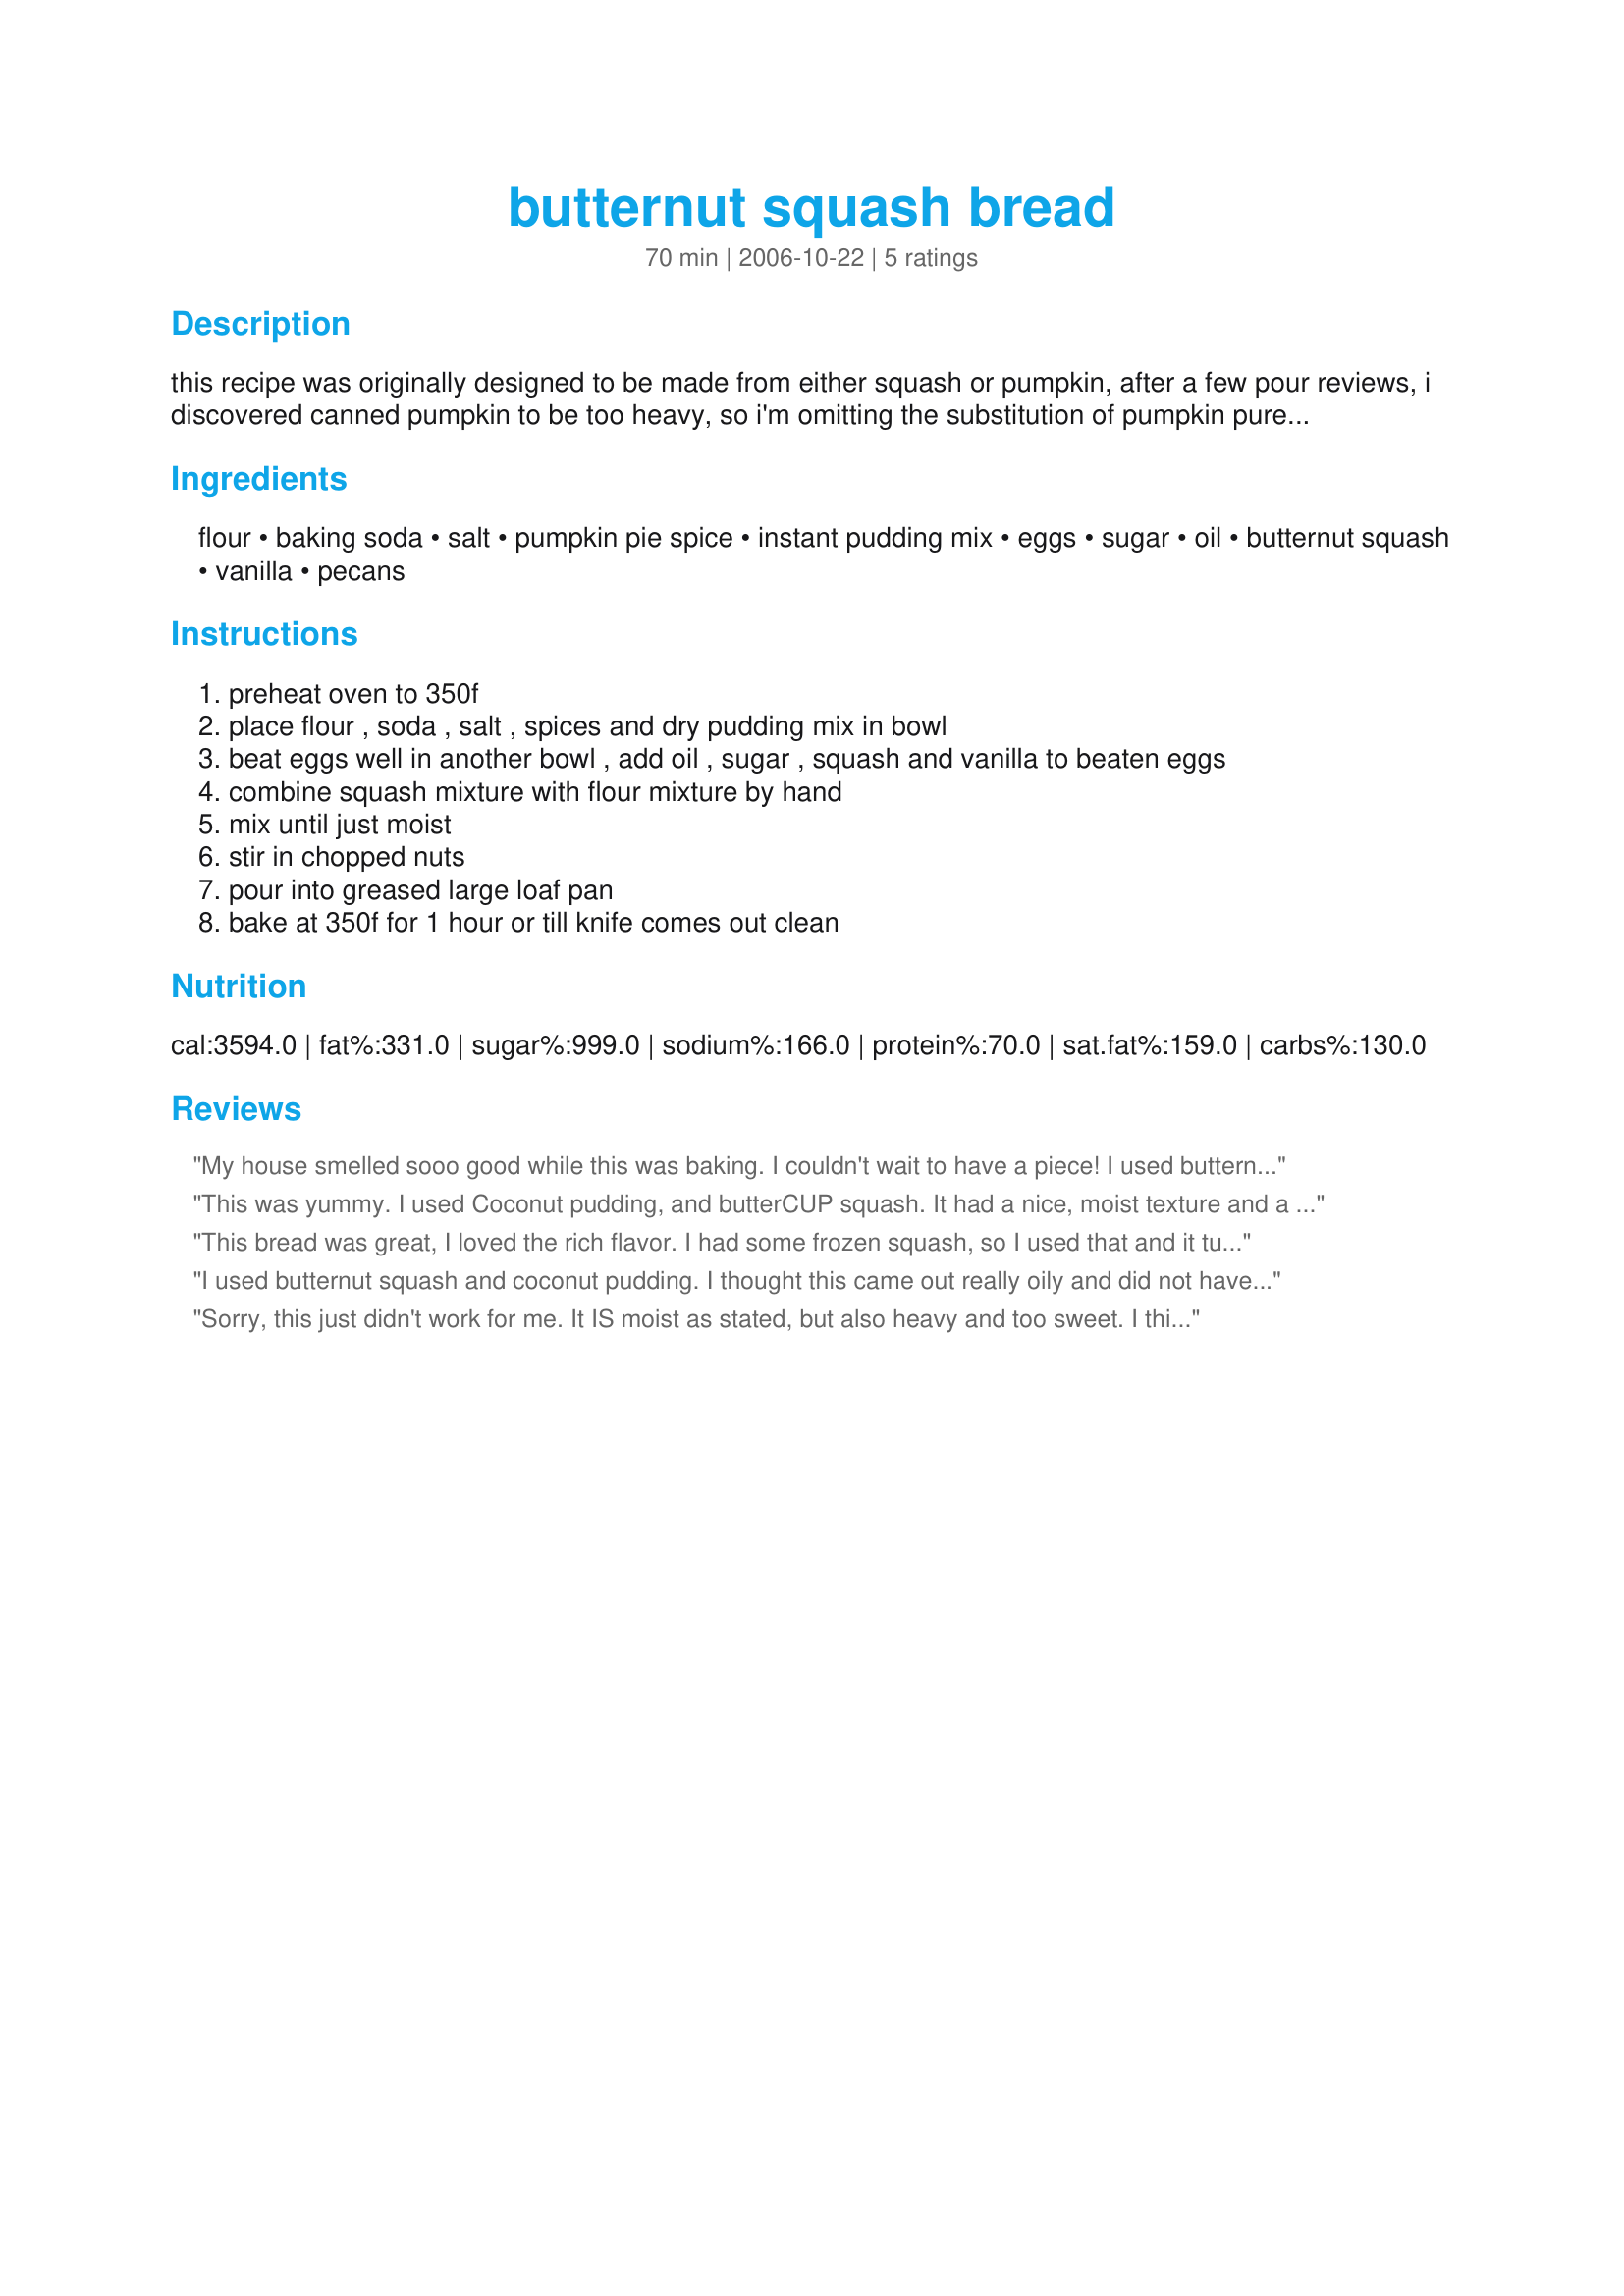
butternut squash bread
Preparation time: 70 minutes

this recipe was originally designed to be made from either squash or pumpkin, after a few pour reviews, i discovered canned pumpkin to be too heavy, so i'm omitting the substitution of pumpkin puree. i make this bread every year and hope others with buttenut in their garden will give it a try.

Ingredients:
flour, baking soda, salt, pumpkin pie spice, instant pudding mix, eggs, sugar, oil, butternut squash, vanilla, pecans

Steps:
preheat oven to 350f
place flour , soda , salt , spices and dry pudding mix in bowl
beat eggs well in another bowl , add oil , sugar , squash and vanilla to beaten eggs
combine squash mixture with flour mixture by hand
mix until just moist
stir in chopped nuts
pour into greased large loaf pan
bake at 350f for 1 hour or till knife comes out clean

Reviews:
My house smelled sooo good while this was baking. I couldn't wait to have a piece! I used butternut squash and french vanilla pudding. Very good bread!
This was yummy. I used Coconut pudding, and butterCUP squash. It had a nice, moist texture and a delicious flavor. It went well with coffee! Thanks so much.
This bread was great, I loved the rich flavor. I had some frozen squash, so I used that and it turned out nice. This will make a nice addition to my holiday gift trays.
I used butternut squash and coconut pudding. I thought this came out really oily and did not have enough squash. 
Thanks though.
Sorry, this just didn't work for me. It IS moist as stated, but also heavy and too sweet. I think some baking powder is needed, as it didn't raise much. I also think it has too much oil.
